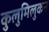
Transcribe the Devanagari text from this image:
कुलुमिलुकन